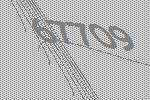
67709